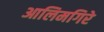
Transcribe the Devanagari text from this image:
आलिमगिरे